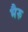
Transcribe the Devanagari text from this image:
भैरु